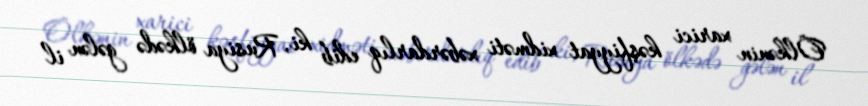
Ölkənin xarici kəşfiyyat xidməti xəbərdarlıq edib ki, Rusiya ölkədə gələn il